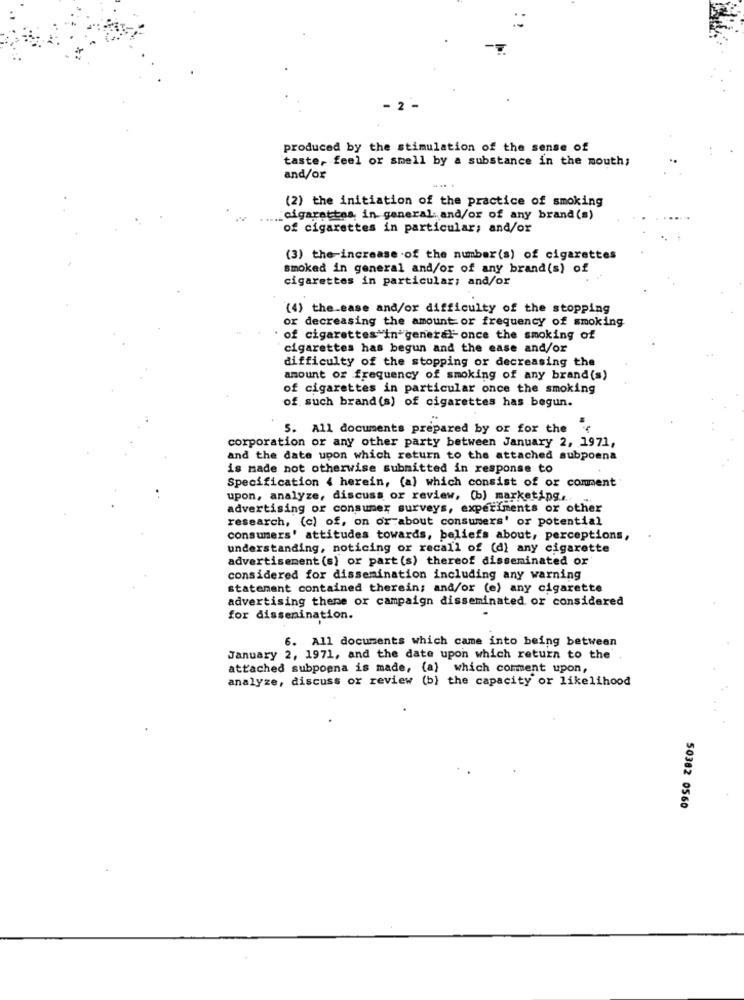
- 2 -
produced by the stimulation of the sense of
taste, feel or smell by a substance in the mouth;
and/or
(2) the initiation of the practice of smoking
.: cigarettes, in general and/or of any brand (s)
of cigarettes in particular; and/or
(3) the-increase .of the number(s) of cigarettes
smoked in general and/or of any brand(s) of
cigarettes in particular; and/or
(4) the_ease and/or difficulty of the stopping
or decreasing the amount or frequency of smoking
of cigarettes in general- once the smoking of
cigarettes has begun and the ease and/or
difficulty of the stopping or decreasing the
amount or frequency of smoking of any brand (s)
of cigarettes in particular once the smoking
of such brand (s) of cigarettes has begun.
5. All documents prepared by or for the
corporation or any other party between January 2, 1971,
and the date upon which return to the attached subpoena
is made not otherwise submitted in response to
Specification 4 herein, (a) which consist of or comment'
upon, analyze, discuss or review, (b) marketing,
advertising or consumer surveys, experiments or other
research, (c) of, on or about consumers' or potential
consumers' attitudes towards, beliefs about, perceptions,
understanding, noticing or recall of (d) any cigarette
advertisement (s) or part (s) thereof disseminated or
considered for dissemination including any warning
statement contained therein; and/or (e) any cigarette
advertising thene or campaign disseminated or considered
for dissenination.
6. All documents which came into being between
January 2, 1971, and the date upon which return to the
attached subpoena is made, (a) which comment upon,
analyze, discuss or review (b) the capacity or likelihood
50382 0560